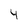
Character: 4